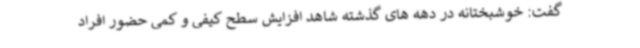
گفت: خوشبختانه در دهه های گذشته شاهد افزایش سطح کیفی و کمی حضور افراد